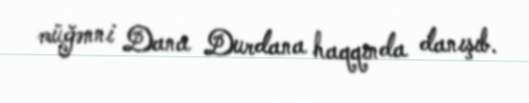
müğənni Dana Durdana haqqında danışıb.